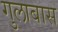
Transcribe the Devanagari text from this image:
गुलाबास